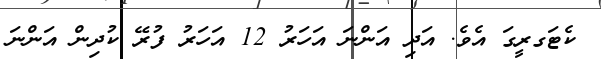
ކެޓަގރީގަ އެވެ. އަދި އަންނަ އަހަރު 12 އަހަރު ފުރޭ ކުދިން އަންނަ